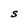
Character: S